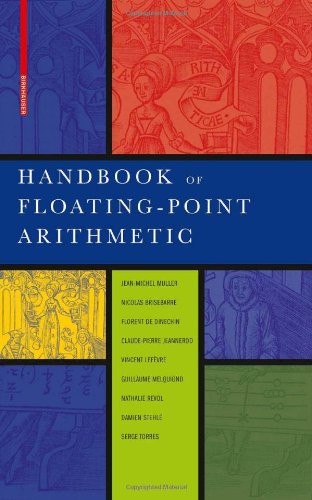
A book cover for Handbook of Floating-Point Arithmetic; Jean-Michel Muller; Science & Math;